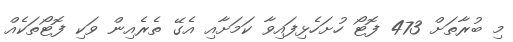
މި ބުރާތަށް 473 ފޮޓޯ ހުށަހެޅިފައިވާ ކަމަށާއި އެގޭ ތެރެއިން ވަކި ފޮޓޯތަކެއް